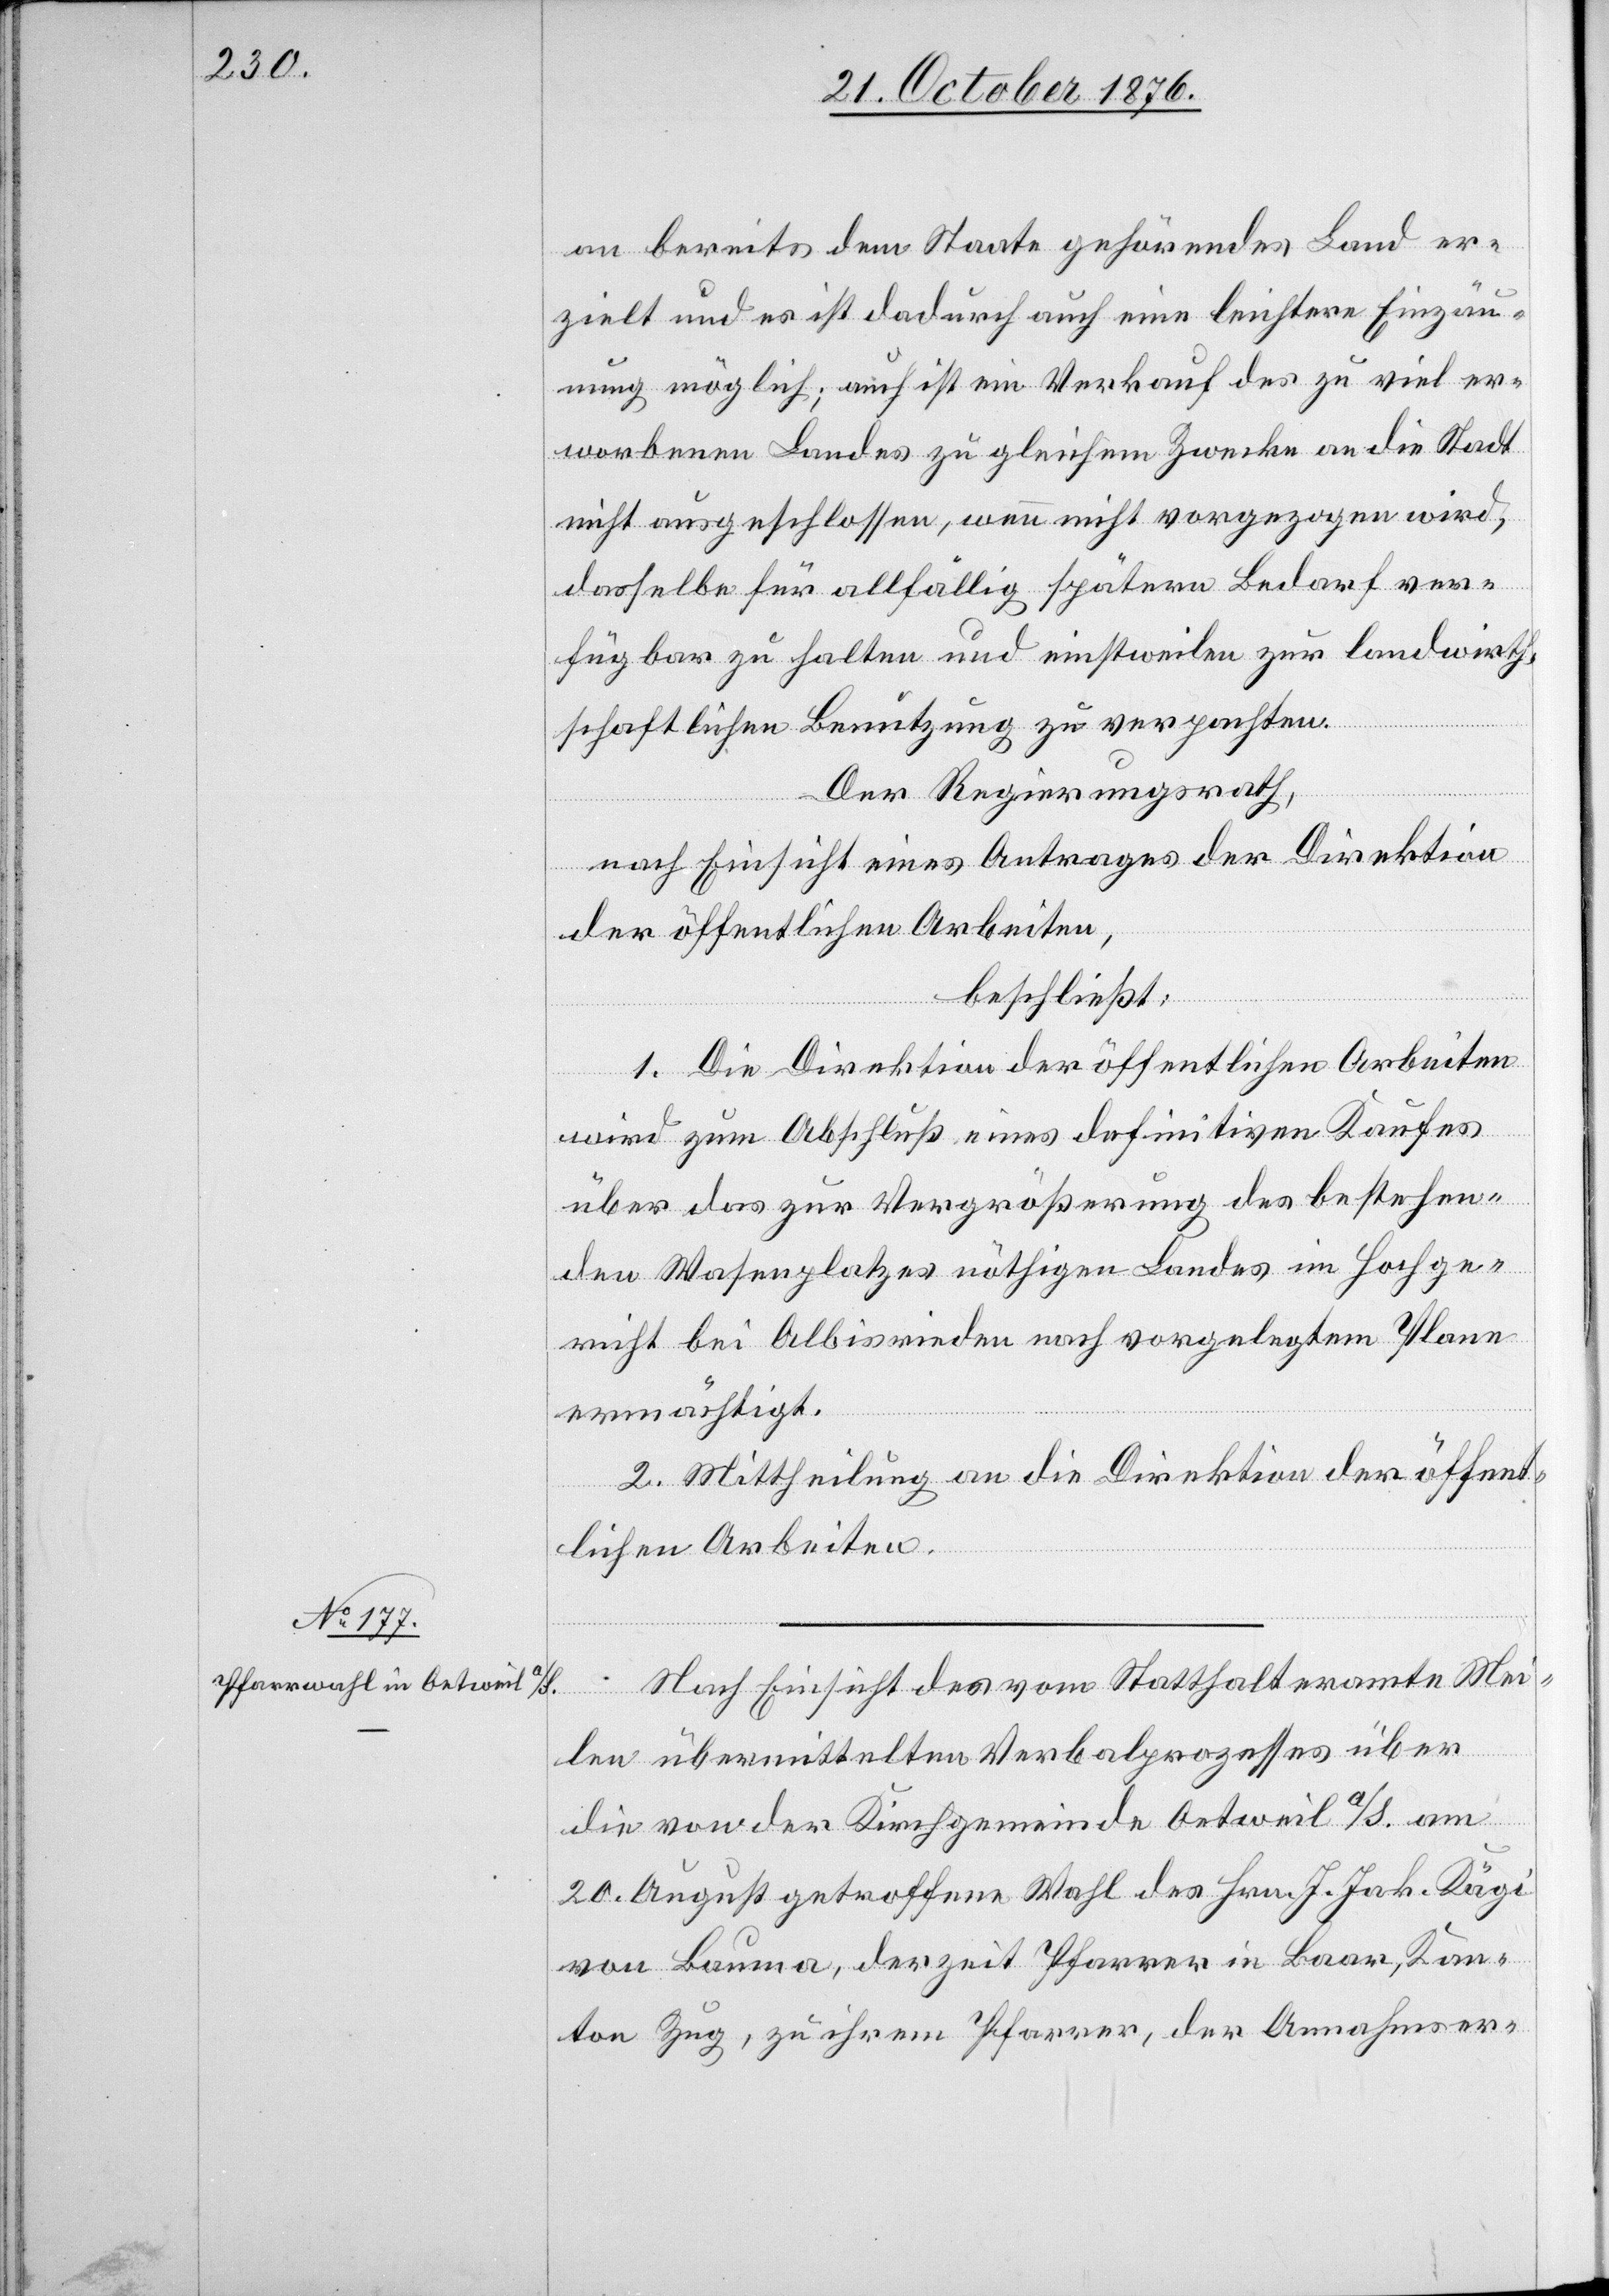
an bereits dem Staate gehörendes Land er¬
zielt und es ist dadurch auch eine leichtere Einzäu¬
nung möglich; auch ist ein Verkauf des zu viel er¬
worbenen Landes zu gleichem Zwecke an die Stadt
nicht ausgeschlossen, wenn nicht vorgezogen wird,
dasselbe für allfällig spätern Bedarf ver¬
fügbar zu halten und einstweilen zur landwirth¬
schaftlichen Benutzung zu verpachten.
Der Regierungsrath,
nach Einsicht eines Antrages der Direktion
der öffentlichen Arbeiten,
beschließt:
1. Die Direktion der öffentlichen Arbeiten
wird zum Abschluß eines definitiven Kaufes
über das zur Vergrößerung des bestehen¬
den Wasenplatzes nöthigen Landes im Hochge¬
richt bei Albisrieden nach vorgelegtem Plane
ermächtigt.
2. Mittheilung an die Direktion der öffent¬
lichen Arbeiten.
Nach Einsicht des vom Statthalteramte Mei¬
len übermittelten Verbalprozesses über
die von der Kirchgemeinde Oetweil a/S. am
20. August getroffenen Wahl des Hrn. J. Jak. Kägi
von Bauma, derzeit Pfarrer in Baar, Kan¬
ton Zürich, zu ihrem Pfarrer, der Annahmser-